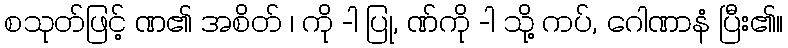
စသုတ်ဖြင့် ဏ၏ အစိတ် ၊ ကို -ါ ပြု, ဏ်ကို -ါ သို့ ကပ်, ဂေါဏာနံ ပြီး၏။